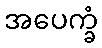
အပေက္ခံ